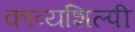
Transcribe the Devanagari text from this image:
काव्यशिल्पी